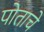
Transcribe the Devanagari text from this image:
पोताचे